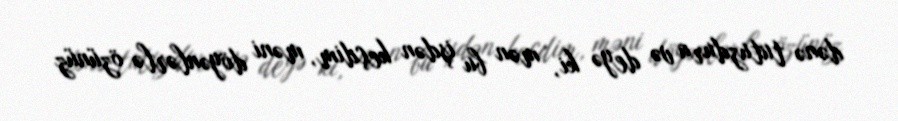
dənə tutuzdura və deyə ki, mən bu işdən keçdim, məni döyənlərlə özünüz